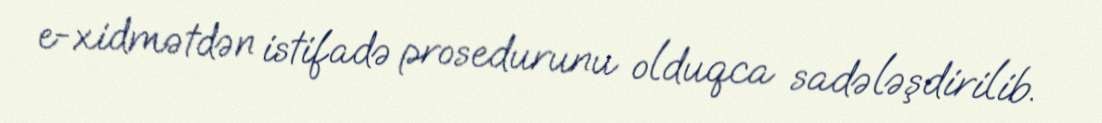
e-xidmətdən istifadə prosedurunu olduqca sadələşdirilib.